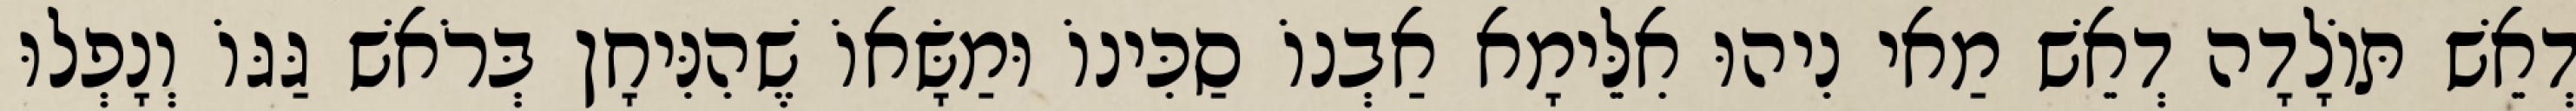
דְאֵשׁ תּוֹלָדָה דְאֵשׁ מַאי נִיהוּ אִלֵּימָא אַבְנוֹ סַכִּינוֹ וּמַשָּׂאוֹ שֶׁהִנִּיחָן בְּרֹאשׁ גַּגּוֹ וְנָפְלוּ